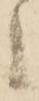
候